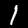
Digit: 1